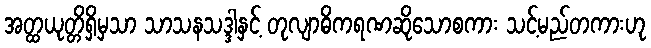
အတ္ထယုတ္တိရှိမှသာ သာသနသဒ္ဒါနှင့် တုလျာဓိကရဏဆိုသောစကား သင့်မည်တကားဟု